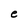
Character: e